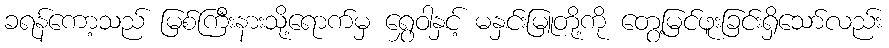
ခရန်ကော့သည် မြစ်ကြီးနားသို့ရောက်မှ ရွှေဝါနှင့် မနှင်းမြူတို့ကို တွေ့မြင်ဖူးခြင်းရှိသော်လည်း